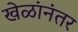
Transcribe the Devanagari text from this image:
खेळांनंतर